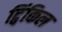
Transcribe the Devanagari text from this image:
ट्विंकिल